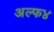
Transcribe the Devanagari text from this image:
अल्फ४